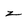
Character: z